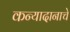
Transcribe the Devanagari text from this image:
कन्यादानाचे